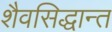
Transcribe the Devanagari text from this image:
शैवसिद्धान्त